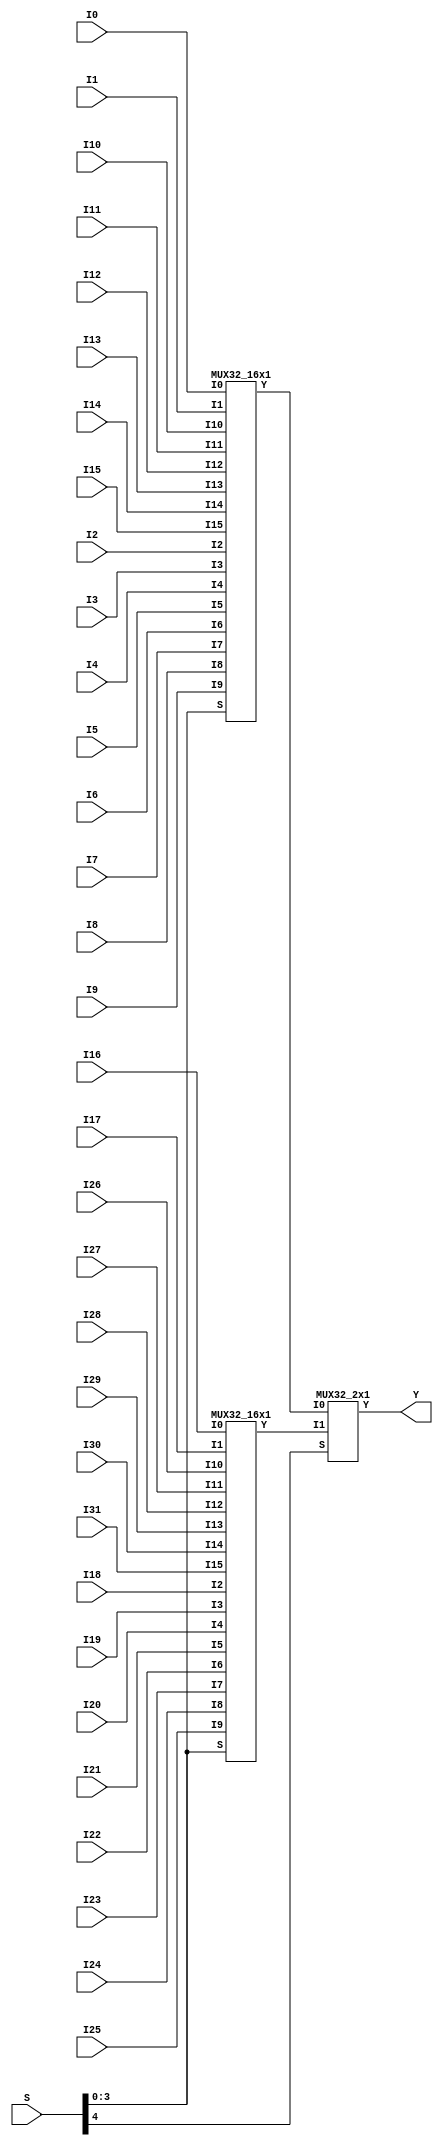
// Name: mux.v
// Module: 
// Input: 
// Output: 
//
// Notes: Common definitions
// 
//
// Revision History:
//
// Version	Date		Who		email			note
//------------------------------------------------------------------------------------------
//  1.0     Sep 02, 2014	Kaushik Patra	kpatra@sjsu.edu		Initial creation
//------------------------------------------------------------------------------------------
//
// 32-bit mux
module MUX32_32x1(Y, I0, I1, I2, I3, I4, I5, I6, I7,
                     I8, I9, I10, I11, I12, I13, I14, I15,
                     I16, I17, I18, I19, I20, I21, I22, I23,
                     I24, I25, I26, I27, I28, I29, I30, I31, S);
// output list
output [31:0] Y;
//input list
input [31:0] I0, I1, I2, I3, I4, I5, I6, I7;
input [31:0] I8, I9, I10, I11, I12, I13, I14, I15;
input [31:0] I16, I17, I18, I19, I20, I21, I22, I23;
input [31:0] I24, I25, I26, I27, I28, I29, I30, I31;
input [4:0] S;

// done last
//need 2 32-bit 16x1 mux and 1 32-bit 
//add wires
wire [31:0] mux16x1_out1,mux16x1_out2;

MUX32_16x1 mux16x1_1(mux16x1_out1,I0, I1, I2, I3, I4, I5, I6, I7,
                     I8, I9, I10, I11, I12, I13, I14, I15,S[3:0]);
MUX32_16x1 mux16x1_2(mux16x1_out2, I16, I17, I18, I19, I20, I21, I22, I23,
                     I24, I25, I26, I27, I28, I29, I30, I31,S[3:0]);
MUX32_2x1 mux2x1(Y,mux16x1_out1,mux16x1_out2,S[4]); 


endmodule

// 32-bit 16x1 mux
module MUX32_16x1(Y, I0, I1, I2, I3, I4, I5, I6, I7,
                     I8, I9, I10, I11, I12, I13, I14, I15, S);
// output list
output [31:0] Y;
//input list
input [31:0] I0;
input [31:0] I1;
input [31:0] I2;
input [31:0] I3;
input [31:0] I4;
input [31:0] I5;
input [31:0] I6;
input [31:0] I7;
input [31:0] I8;
input [31:0] I9;
input [31:0] I10;
input [31:0] I11;
input [31:0] I12;
input [31:0] I13;
input [31:0] I14;
input [31:0] I15;
input [3:0] S;
//need 2 32-bit 8x1 and 1 32-bit 2x1 mux
//add wires
wire [31:0] mux8x1_out1,mux8x1_out2;
MUX32_8x1 mux8x1_1(mux8x1_out1,I0,I1,I2,I3,I4,I5,I6,I7,S[2:0]);
MUX32_8x1 mux8x1_2(mux8x1_out2,I8,I9,I10,I11,I12,I13,I14,I15,S[2:0]);
MUX32_2x1 mux2x1(Y,mux8x1_out1,mux8x1_out2,S[3]);
endmodule

// 32-bit 8x1 mux
module MUX32_8x1(Y, I0, I1, I2, I3, I4, I5, I6, I7, S);
// output list
output [31:0] Y;
//input list
input [31:0] I0;
input [31:0] I1;
input [31:0] I2;
input [31:0] I3;
input [31:0] I4;
input [31:0] I5;
input [31:0] I6;
input [31:0] I7;
input [2:0] S;
//done 4th
// need 2 32 bit 4x1 mux and 1 32-bit 2x1
//add wires
wire [31:0] mux4x1_out1,mux4x1_out2;
MUX32_4x1 mux4x1_1(mux4x1_out1,I0,I1,I2,I3,S[1:0]);
MUX32_4x1 mux4x1_2(mux4x1_out2,I4,I5,I6,I7,S[1:0]);
MUX32_2x1 mux2x1(Y,mux4x1_out1,mux4x1_out2,S[2]); //review

endmodule

// 32-bit 4x1 mux
module MUX32_4x1(Y, I0, I1, I2, I3, S);
// output list
output [31:0] Y;
//input list
input [31:0] I0;
input [31:0] I1;
input [31:0] I2;
input [31:0] I3;
input [1:0] S;

// done third
//use 3 of MUX32_2x1 to implement 32_4x1
//add wires to connect them
wire [31:0] mux1out, mux2out;

MUX32_2x1 mux2x1_1(mux1out,I0,I1,S[0]);
MUX32_2x1 mux2x1_2(mux2out,I2,I3,S[0]);
MUX32_2x1 mux2x1_3(Y,mux1out,mux2out,S[1]); //review
endmodule






//added by myself
//64bit mux
module MUX64_2x1(Y, I0, I1, S);
// output list
output [63:0] Y;
//input list
input [63:0] I0;
input [63:0] I1;
input S;

genvar i;
generate
for(i=0;i<64;i=i+1)
begin: mux64_loop
MUX1_2x1 mux64_2x1(Y[i],I0[i],I1[i],S);
end
endgenerate

endmodule
// 32-bit mux
module MUX32_2x1(Y, I0, I1, S);
// output list
output [31:0] Y;
//input list
input [31:0] I0;
input [31:0] I1;
input S;

///done second
genvar i;
generate
for(i=0;i<32;i=i+1)
begin: mux32_2x1_loop
MUX1_2x1 mux32_2x1(Y[i],I0[i],I1[i],S);
end
endgenerate

endmodule

// 1-bit mux
module MUX1_2x1(Y,I0, I1, S);
//output list
output Y;
//input list
input I0, I1, S;
//S is control
//done first 
wire not_output,and_output1,and_output2;
not not_inst(not_output,S);
and and_inst1(and_output1,not_output,I0);
and and_inst2(and_output2,S,I1);
or or_inst(Y,and_output1,and_output2);

endmodule


// 26-bit mux
module MUX26_2x1(Y, I0, I1, S);
// output list
output [25:0] Y;
//input list
input [25:0] I0;
input [25:0] I1;
input S;

genvar i;
generate
for(i=0;i<26;i=i+1)
begin: mux26_2x1_loop
MUX1_2x1 mux26_2x1(Y[i],I0[i],I1[i],S);
end
endgenerate

endmodule


//5 bit 2x1 mux
module MUX5_2x1(Y, I0, I1, S);
// output list
output [4:0] Y;
//input list
input [4:0] I0;
input [4:0] I1;
input S;

genvar i;
generate
for(i=0;i<5;i=i+1)
begin: mux5_2x1_loop
MUX1_2x1 mux5_2x1(Y[i],I0[i],I1[i],S);
end
endgenerate

endmodule